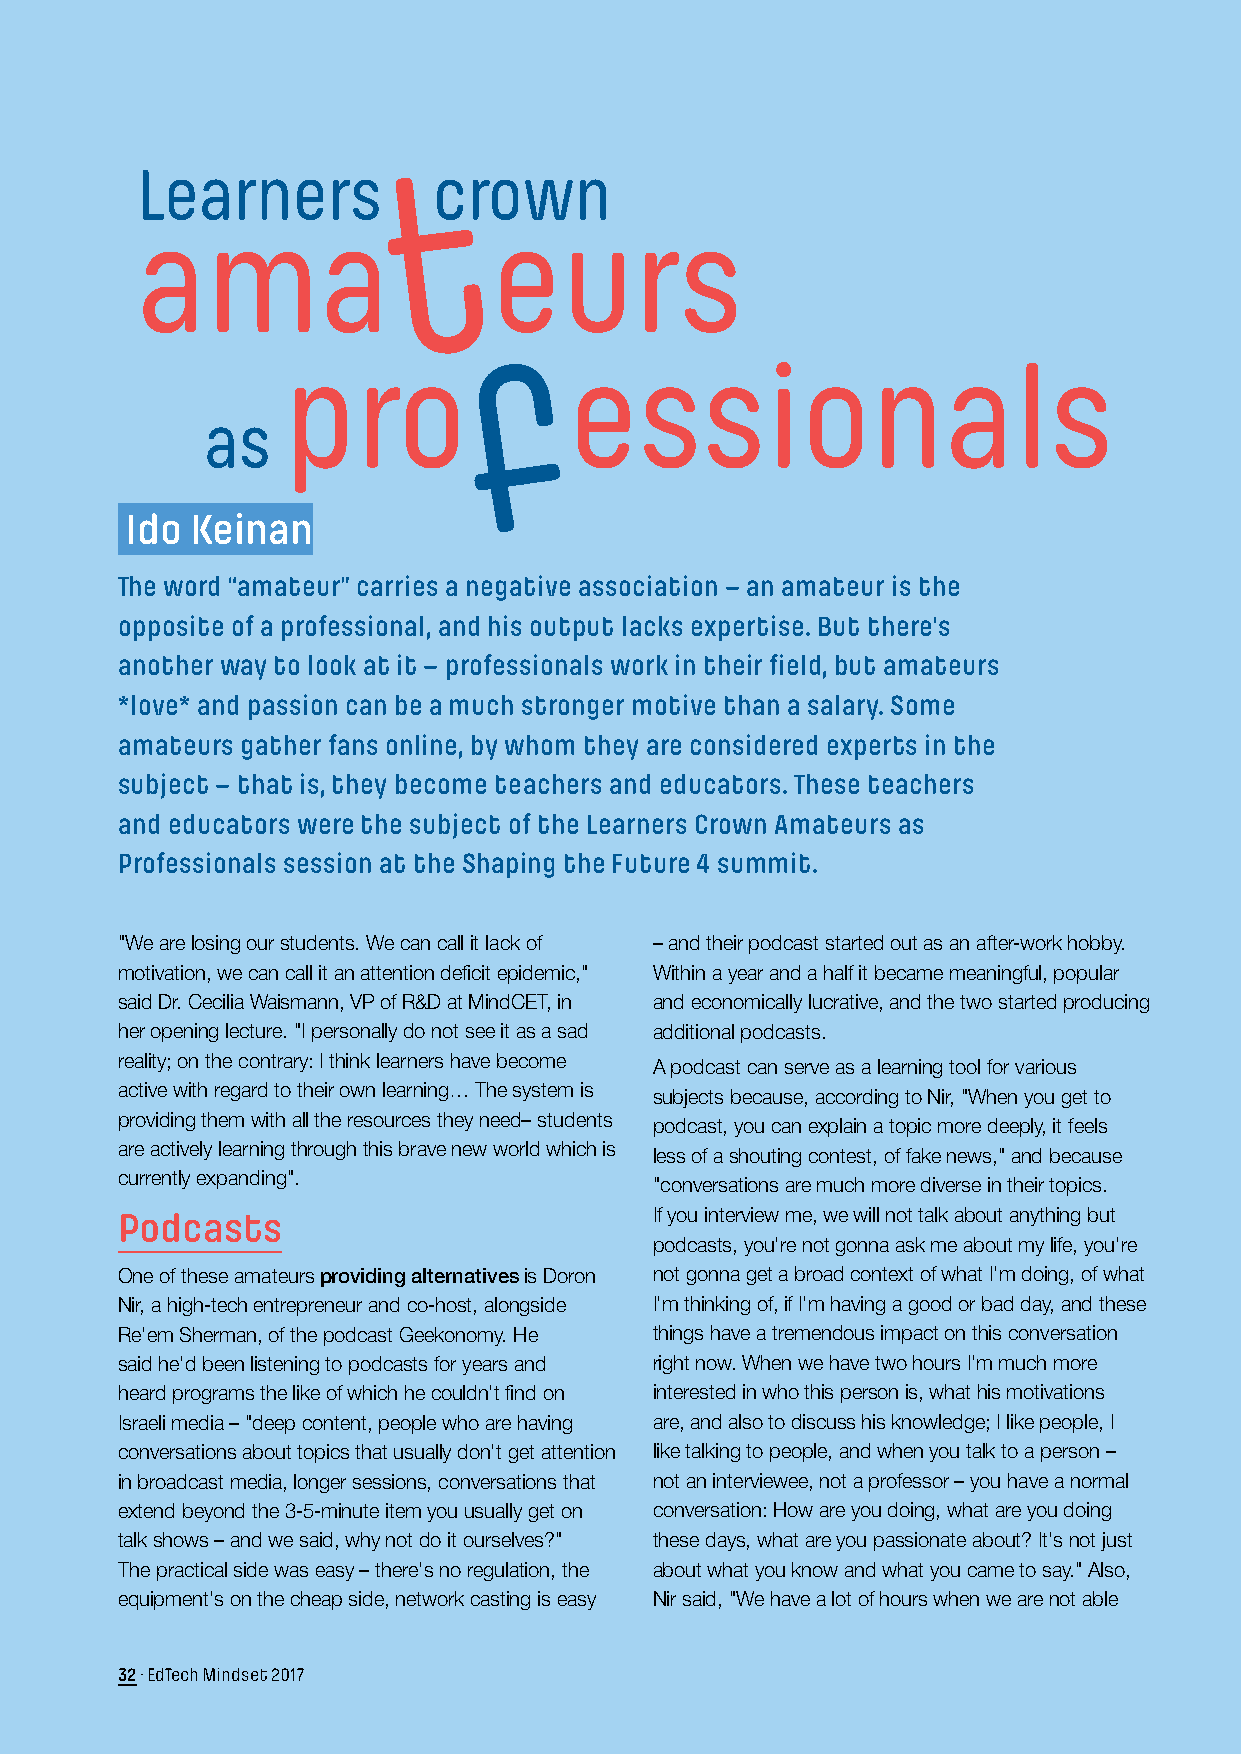
Learners            crown
 ama                     eurs
 pro                essionals
 as
 Ido  Keinan
 The word “amateur” carries a negative association – an amateur is the
 opposite of a professional, and his output lacks expertise. But there's
 another way to look at it – professionals work in their field, but amateurs
 *love* and passion can be a much stronger motive than a salary. Some
 amateurs gather fans online, by whom they are considered experts in the
 subject – that is, they become teachers and educators. These teachers
 and educators were the subject of the Learners Crown Amateurs as
 Professionals session at the Shaping the Future 4 summit.
 "We are losing our students. We can call it lack of – and their podcast started out as an after-work hobby.
 motivation, we can call it an attention deficit epidemic," Within a year and a half it became meaningful, popular
 said Dr. Cecilia Waismann, VP of R&D at MindCET, in and economically lucrative, and the two started producing
 her opening lecture. "I personally do not see it as a sad additional podcasts.
 reality; on the contrary: I think learners have become
 A podcast can serve as a learning tool for various
 active with regard to their own learning… The system is
 subjects because, according to Nir, "When you get to
 providing them with all the resources they need– students
 podcast, you can explain a topic more deeply, it feels
 are actively learning through this brave new world which is
 less of a shouting contest, of fake news," and because
 currently expanding".
 "conversations are much more diverse in their topics.
 Podcasts                           If you interview me, we will not talk about anything but
 podcasts, you're not gonna ask me about my life, you're
 One of these amateurs providing alternatives is Doron not gonna get a broad context of what I'm doing, of what
 Nir, a high-tech entrepreneur and co-host, alongside I'm thinking of, if I'm having a good or bad day, and these
 Re'em Sherman, of the podcast Geekonomy. He things have a tremendous impact on this conversation
 said he'd been listening to podcasts for years and right now. When we have two hours I'm much more
 heard programs the like of which he couldn't find on interested in who this person is, what his motivations
 Israeli media – "deep content, people who are having are, and also to discuss his knowledge; I like people, I
 conversations about topics that usually don't get attention like talking to people, and when you talk to a person –
 in broadcast media, longer sessions, conversations that not an interviewee, not a professor – you have a normal
 extend beyond the 3-5-minute item you usually get on conversation: How are you doing, what are you doing
 talk shows – and we said, why not do it ourselves?" these days, what are you passionate about? It's not just
 The practical side was easy – there's no regulation, the about what you know and what you came to say." Also,
 equipment's on the cheap side, network casting is easy Nir said, "We have a lot of hours when we are not able
 32 · EdTech Mindset 2017